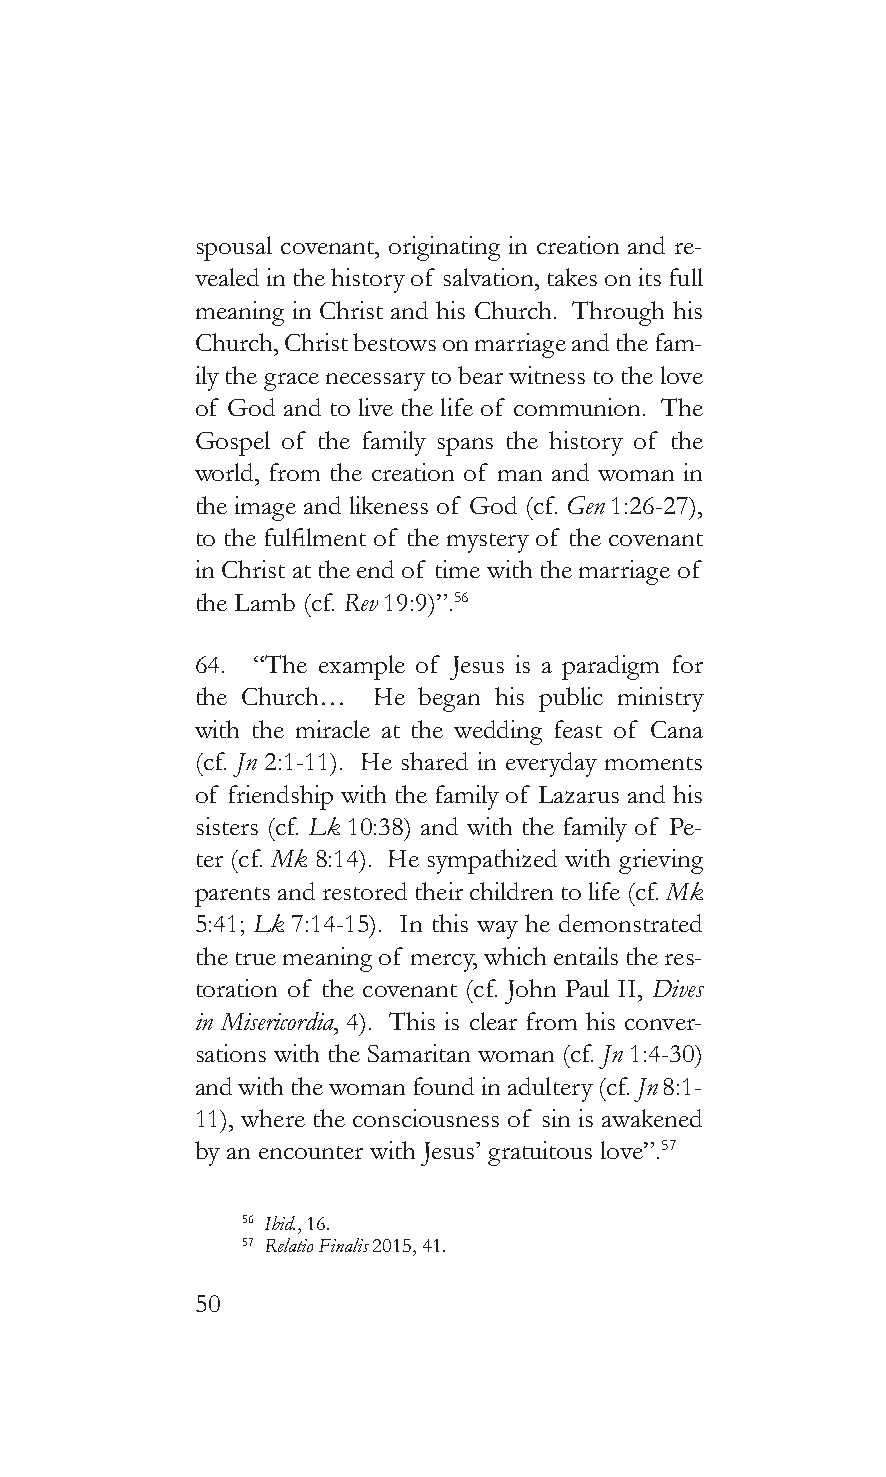
spousal covenant, originating in creation and re-
 vealed in the history of salvation, takes on its full
 meaning in Christ and his Church. Through his
 Church, Christ bestows on marriage and the fam-
 ily the grace necessary to bear witness to the love
 of God and to live the life of communion. The
 Gospel of the family spans the history of the
 world, from the creation of man and woman in
 the image and likeness of God (cf. Gen 1:26-27),
 to the fulfilment of the mystery of the covenant
 in Christ at the end of time with the marriage of
 the Lamb (cf. Rev 19:9)”.56
 64. “The example of Jesus is a paradigm for
 the Church… He began his public ministry
 with the miracle at the wedding feast of Cana
 (cf. Jn 2:1-11). He shared in everyday moments
 of friendship with the family of Lazarus and his
 sisters (cf. Lk 10:38) and with the family of Pe-
 ter (cf. Mk 8:14). He sympathized with grieving
 parents and restored their children to life (cf. Mk
 5:41; Lk 7:14-15). In this way he demonstrated
 the true meaning of mercy, which entails the res-
 toration of the covenant (cf. John Paul II, Dives
 in Misericordia, 4). This is clear from his conver-
 sations with the Samaritan woman (cf. Jn 1:4-30)
 and with the woman found in adultery (cf. Jn 8:1-
 11), where the consciousness of sin is awakened
 by an encounter with Jesus’ gratuitous love”.57
 56 Ibid., 16.
 57 Relatio Finalis 2015, 41.
 50